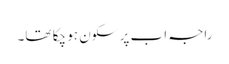
راجہ اب پر سکون ہو چکا تھا۔